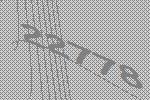
22778